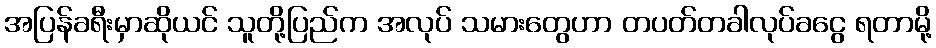
အပြန်ခရီးမှာဆိုယင် သူတို့ပြည်က အလုပ် သမားတွေဟာ တပတ်တခါလုပ်ခငွေ ရတာမို့